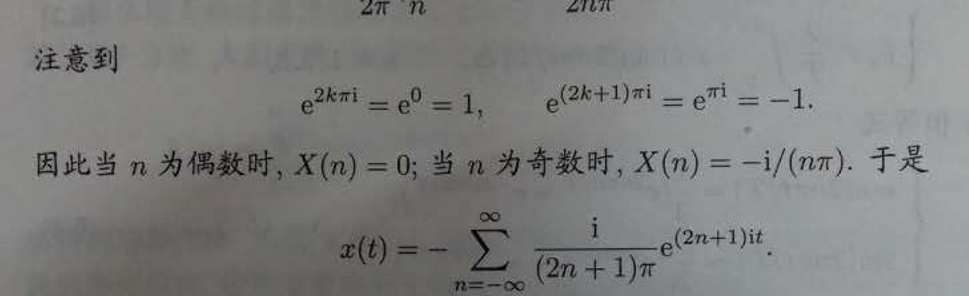
注意到
\[
\mathrm{e}^{2k\pi\mathrm{i}} = \mathrm{e}^{0} = 1, \quad \mathrm{e}^{(2k + 1)\pi\mathrm{i}} = \mathrm{e}^{\pi\mathrm{i}} = -1.
\]
因此当 \(n\) 为偶数时, \(X(n) = 0\); 当 \(n\) 为奇数时, \(X(n) = -\mathrm{i}/(n\pi)\). 于是
\[
x(t)=-\sum_{n = -\infty}^{\infty}\frac{\mathrm{i}}{(2n + 1)\pi}\mathrm{e}^{(2n + 1)\mathrm{i}t}.
\]